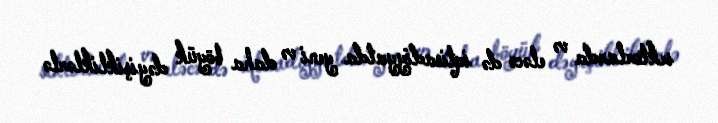
sektorlarda və eləcə də iqtisadiyyatda yeni və daha böyük dəyişikliklərlə